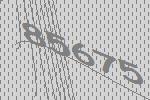
85675